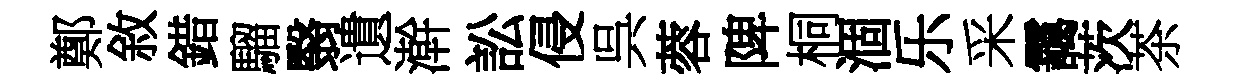
鄭敘錯騮翳遺澣訟侵呉蓉陴桐涸乐采靄茨茶